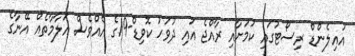
އައިލެންޑް ރިސޯޓުގައި ކަމަށާއި ރާއްޖެ އައި ދުވަހު ކޮވިޑް-19ގެ އެއްވެސް އަލާމާތެއް އޭނާގެ